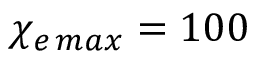
\chi _ { e \, m a x } = 1 0 0